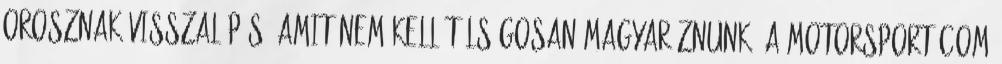
orosznak visszalépés, amit nem kell túlságosan magyaráznunk. A motorsport.com